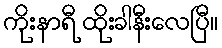
ကိုးနာရီ ထိုးခါနီးလေပြီ။